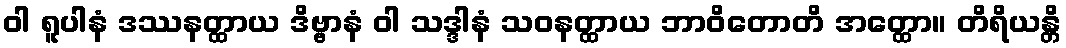
ဝါ ရူပါနံ ဒဿနတ္ထာယ ဒိဗ္ဗာနံ ဝါ သဒ္ဒါနံ သဝနတ္ထာယ ဘာဝိတောတိ အတ္ထော။ တိရိယန္တိ